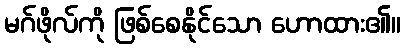
မဂ်ဖိုလ်ကို ဖြစ်စေနိုင်သော ဟောထား၏။